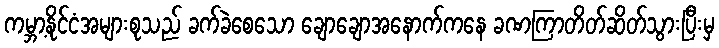
ကမ္ဘာ့နိုင်ငံအများစုသည် ခက်ခဲစေသော ချောချောအနောက်ကနေ ခဏကြာတိတ်ဆိတ်သွားပြီးမှ